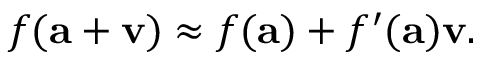
f ( \mathbf { a } + \mathbf { v } ) \approx f ( \mathbf { a } ) + f ^ { \prime } ( \mathbf { a } ) \mathbf { v } .